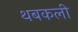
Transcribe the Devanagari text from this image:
थबकली